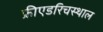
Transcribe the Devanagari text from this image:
फ्रीएडरिचस्थाल